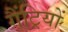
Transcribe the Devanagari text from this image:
गैंट्रियों